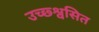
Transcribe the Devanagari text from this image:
उच्छ्श्वसित